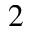
2